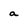
Character: a